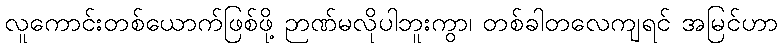
လူကောင်းတစ်ယောက်ဖြစ်ဖို့ ဉာဏ်မလိုပါဘူးကွာ၊ တစ်ခါတလေကျရင် အမြင်ဟာ